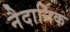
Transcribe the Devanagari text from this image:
नैदानिक